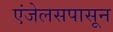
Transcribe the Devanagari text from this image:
एंजेलसपासून